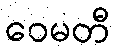
ဝေမတီ